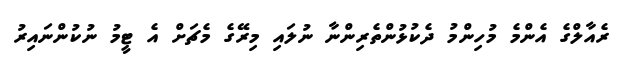
ރެއާލްގެ އެންމެ މުހިންމު ދެކުޅުންތެރިންނާ ނުލައި މިރޭގެ މެޗަށް އެ ޓީމު ނުކުންނައިރު